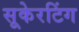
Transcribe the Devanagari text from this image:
सूकेरटिंग